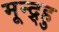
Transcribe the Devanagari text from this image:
मून्द्र्हु